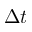
\Delta t